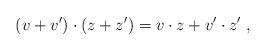
LaTeX: \begin{align*}(v+v')\cdot(z+z')=v \cdot z + v'\cdot z'\;,\end{align*}